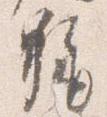
称